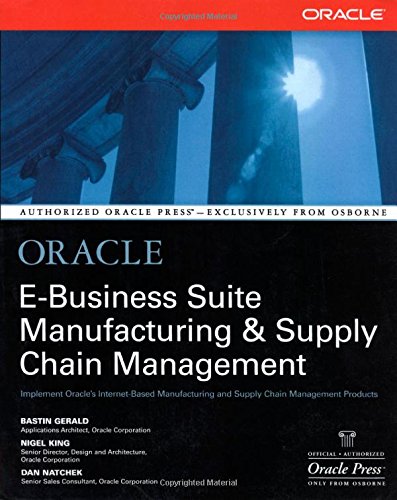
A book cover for Oracle E-Business Suite Manufacturing & Supply Chain Management; Bastin Gerald; Computers & Technology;